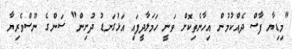
"މިޑިޔާ ފާސް ދެއްކުމުން އިހާނެތިކޮށް ވަނީ ހަމަލާދީފައި އަޅުގަނޑު ދުށިން" ސަންގެ ނޫސްވެރިޔާ